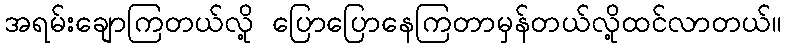
အရမ်းချောကြတယ်လို့ ပြောပြောနေကြတာမှန်တယ်လို့ထင်လာတယ်။